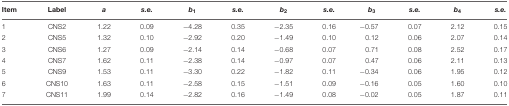
<table><thead><tr><td><b>Item</b></td><td><b>Label</b></td><td><b><i>a</i></b></td><td><b><i>s.e.</i></b></td><td><b><i>b</i><sub>1</sub></b></td><td><b><i>s.e.</i></b></td><td><b><i>b</i><sub>2</sub></b></td><td><b><i>s.e.</i></b></td><td><b><i>b</i><sub>3</sub></b></td><td><b><i>s.e.</i></b></td><td><b><i>b</i><sub>4</sub></b></td><td><b><i>s.e.</i></b></td></tr></thead><tbody><tr><td>1</td><td>CNS2</td><td>1.22</td><td>0.09</td><td>-4.28</td><td>0.35</td><td>-2.35</td><td>0.16</td><td>-0.57</td><td>0.07</td><td>2.12</td><td>0.15</td></tr><tr><td>2</td><td>CNS5</td><td>1.32</td><td>0.10</td><td>-2.92</td><td>0.20</td><td>-1.49</td><td>0.10</td><td>0.12</td><td>0.06</td><td>2.07</td><td>0.14</td></tr><tr><td>3</td><td>CNS6</td><td>1.27</td><td>0.09</td><td>-2.14</td><td>0.14</td><td>-0.68</td><td>0.07</td><td>0.71</td><td>0.08</td><td>2.52</td><td>0.17</td></tr><tr><td>4</td><td>CNS7</td><td>1.62</td><td>0.11</td><td>-2.38</td><td>0.14</td><td>-0.97</td><td>0.07</td><td>0.47</td><td>0.06</td><td>2.11</td><td>0.13</td></tr><tr><td>5</td><td>CNS9</td><td>1.53</td><td>0.11</td><td>-3.30</td><td>0.22</td><td>-1.82</td><td>0.11</td><td>-0.34</td><td>0.06</td><td>1.95</td><td>0.12</td></tr><tr><td>6</td><td>CNS10</td><td>1.63</td><td>0.11</td><td>-2.58</td><td>0.15</td><td>-1.51</td><td>0.09</td><td>-0.16</td><td>0.05</td><td>1.60</td><td>0.10</td></tr><tr><td>7</td><td>CNS11</td><td>1.99</td><td>0.14</td><td>-2.82</td><td>0.16</td><td>-1.49</td><td>0.08</td><td>-0.02</td><td>0.05</td><td>1.87</td><td>0.11</td></tr></tbody></table>